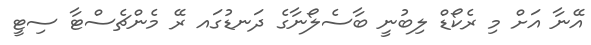
އޭނާ އަށް މި ރެކޯޑް ލިބުނީ ބާސެލޯނާގެ ދަނޑުގައ ރޭ މެންޗެސްޓާ ސިޓީ